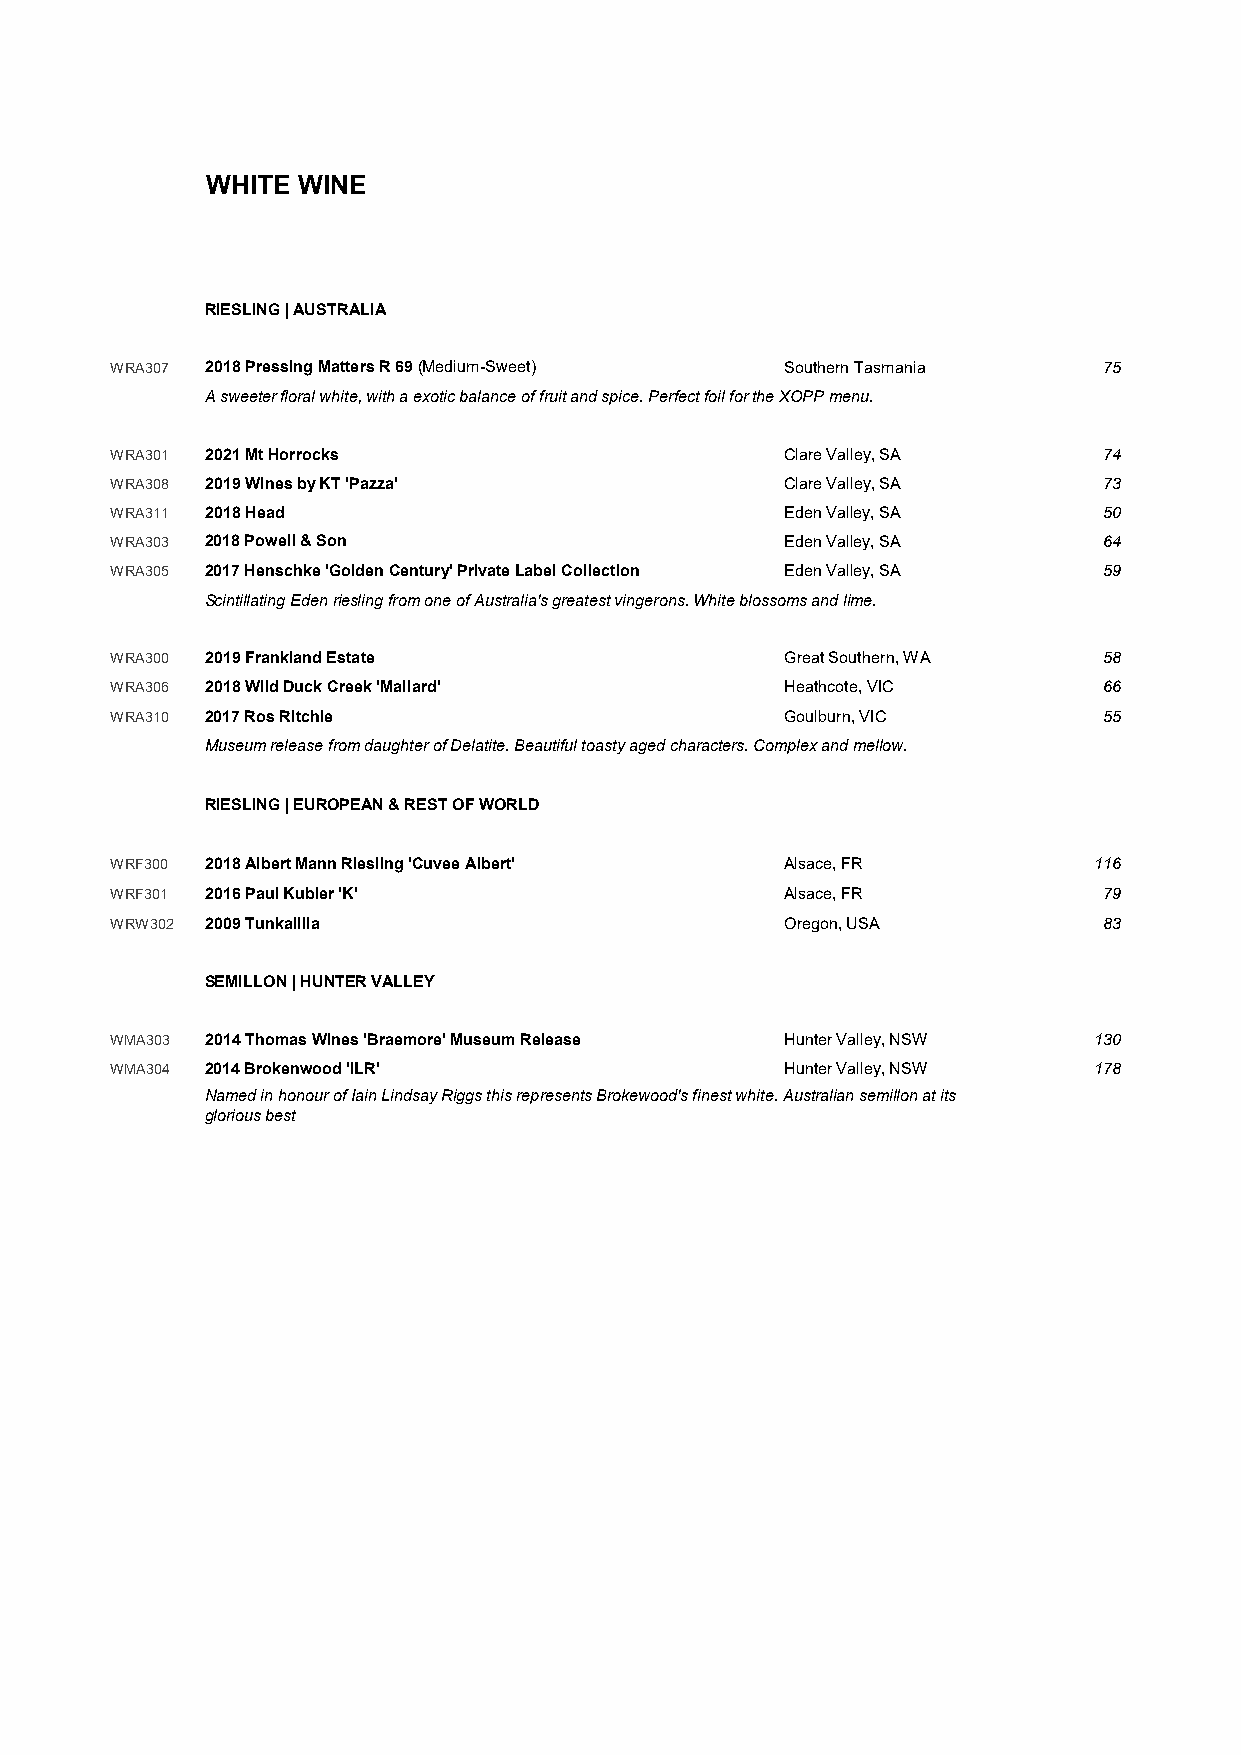
WHITE WINE
 RIESLING | AUSTRALIA
 WRA307 2018 Pressing Matters R 69 (Medium-Sweet) Southern Tasmania 75
 A sweeter floral white, with a exotic balance of fruit and spice. Perfect foil for the XOPP menu.
 WRA301 2021 Mt Horrocks                      Clare Valley, SA     74
 WRA308 2019 Wines by KT 'Pazza'              Clare Valley, SA     73
 WRA311 2018 Head                             Eden Valley, SA      50
 WRA303 2018 Powell & Son                     Eden Valley, SA      64
 WRA305 2017 Henschke 'Golden Century' Private Label Collection Eden Valley, SA 59
 Scintillating Eden riesling from one of Australia's greatest vingerons. White blossoms and lime.
 WRA300 2019 Frankland Estate                 Great Southern, WA   58
 WRA306 2018 Wild Duck Creek 'Mallard'        Heathcote, VIC       66
 WRA310 2017 Ros Ritchie                      Goulburn, VIC        55
 Museum release from daughter of Delatite. Beautiful toasty aged characters. Complex and mellow.
 RIESLING | EUROPEAN & REST OF WORLD
 WRF300 2018 Albert Mann Riesling 'Cuvee Albert' Alsace, FR       116
 WRF301 2016 Paul Kubler 'K'                  Alsace, FR           79
 WRW302 2009 Tunkalilla                       Oregon, USA          83
 SEMILLON | HUNTER VALLEY
 WMA303 2014 Thomas Wines 'Braemore' Museum Release Hunter Valley, NSW 130
 WMA304 2014 Brokenwood 'ILR'                 Hunter Valley, NSW  178
 Named in honour of Iain Lindsay Riggs this represents Brokewood's finest white. Australian semillon at its
 glorious best